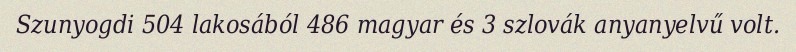
Szunyogdi 504 lakosából 486 magyar és 3 szlovák anyanyelvű volt.